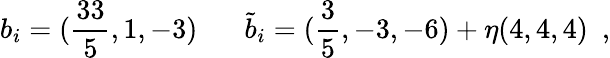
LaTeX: b_{i}=(\frac{33}{5},1,-3)\, \, \, \, \, \, \, \, \, \, \tilde{b}_{i}=(\frac{3}{5},-3,-6)+\eta(4,4,4)\, \, \, ,